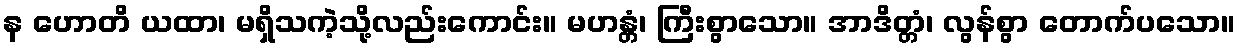
န ဟောတိ ယထာ၊ မရှိသကဲ့သို့လည်းကောင်း။ မဟန္တံ၊ ကြီးစွာသော။ အာဒိတ္တံ၊ လွန်စွာ တောက်ပသော။